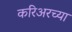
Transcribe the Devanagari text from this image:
करिअरच्या